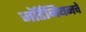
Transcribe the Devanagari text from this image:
जॉर्डेनियनचे